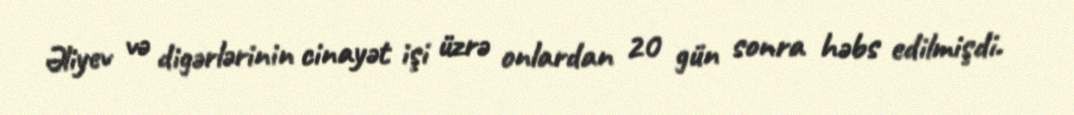
Əliyev və digərlərinin cinayət işi üzrə onlardan 20 gün sonra həbs edilmişdi.